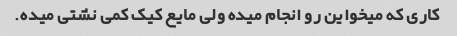
کاری که میخواین رو انجام میده ولی مایع کیک کمی نشتی میده.